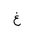
Letter: _gayn